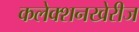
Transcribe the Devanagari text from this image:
कलेक्शनखेरीज